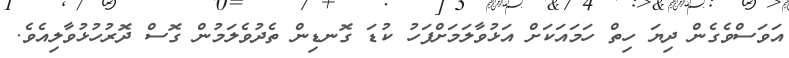
އަވަސްވެގެން ދިޔަ ހިތް ހަމައަކަށް އަޅުވާލަމަށްފަހު ކުޑަ ގޮނޑިން ތެދުވެލަމުން ގޮސް ދޮރުހުޅުވާލިއެވެ.